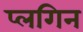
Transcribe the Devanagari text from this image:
प्लगिन